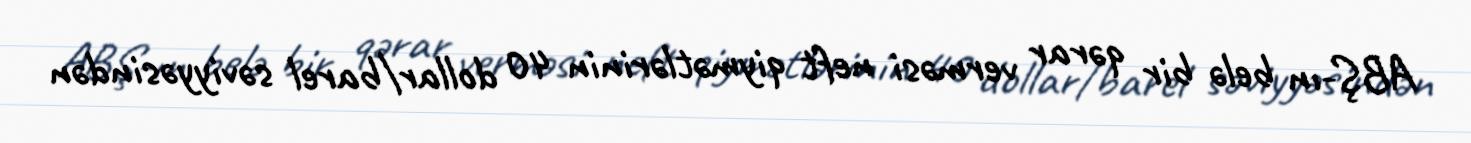
ABŞ-ın belə bir qərar verməsi neft qiymətlərinin 40 dollar/barel səviyyəsindən